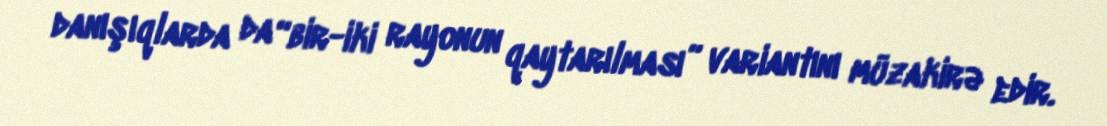
danışıqlarda da “bir-iki rayonun qaytarılması” variantını müzakirə edir.